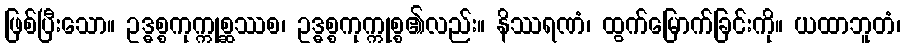
ဖြစ်ပြီးသော။ ဥဒ္ဓစ္စကုက္ကုစ္ဆဿစ၊ ဥဒ္ဓစ္စကုက္ကုစ္စ၏လည်း။ နိဿရဏံ၊ ထွက်မြောက်ခြင်းကို။ ယထာဘူတံ၊